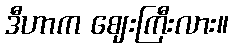
ဒီဟာက ဈေးကြီးလား။